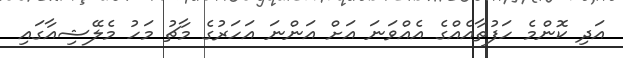
އަދި ކޮންމެ ހަފުތާއެއްގެ އެއްވަނަ އަށް އަންނަ އަހަރުގެ މާޗު މަހު މެލޭޝިއާގައި